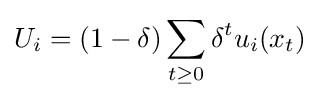
U_{i}=(1-\delta )\sum _{t\geq 0}\delta ^{t}u_{i}(x_{t})